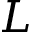
L